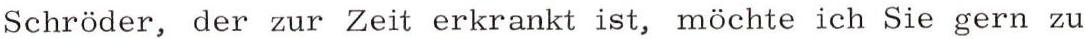
Schröder, der zur Zeit erkrankt ist, möchte ich Sie gern zu